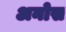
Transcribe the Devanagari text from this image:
अनोस